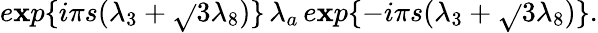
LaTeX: e\mathbf{x}p\{ {i{\pi}s({\lambda}_{3}+{\sqrt{}{{3}}}{\lambda}_{8})}\} \, {\lambda}_{a}\, e\mathbf{x}p\{ {-i{\pi}s({\lambda}_{3}+{\sqrt{}{{3}}}{\lambda}_{8})}\} .